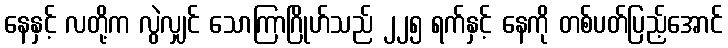
နေနှင့် လတို့က လွဲလျှင် သောကြာဂြိုဟ်သည် ၂၂၅ ရက်နှင့် နေကို တစ်ပတ်ပြည့်အောင်